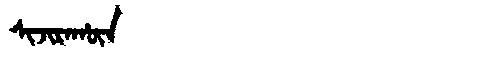
Manchu: ᠰᡳᠵᡳᡵᠠᡥᡡᠨ
Romanization: SIJIRAHŪN